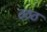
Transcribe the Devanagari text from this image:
ठठठ